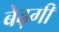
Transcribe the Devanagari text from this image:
बेढ़गी